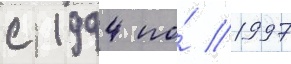
с 1994 по́ 1997